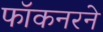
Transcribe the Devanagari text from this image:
फॉकनरने